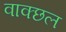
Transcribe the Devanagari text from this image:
वाक्छल